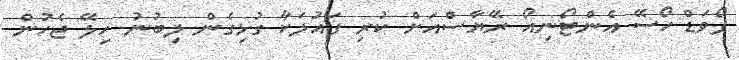
ފޯވަޑް ހޯސޭ އެންޓޯނިއޯ ރޭޔާސްއަށް ކުރި ފައުލަކާ ގުޅިގެން ލިބުނު ހިލޭ ޖެހުން